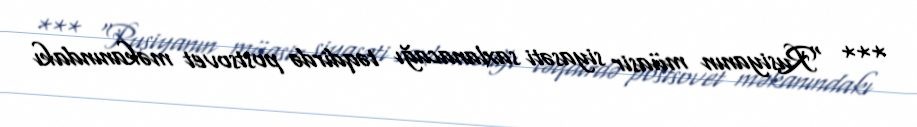
*** “Rusiyanın müasir siyasəti saxlanacağı təqdirdə postsovet məkanındakı